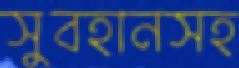
সুবহানসহ